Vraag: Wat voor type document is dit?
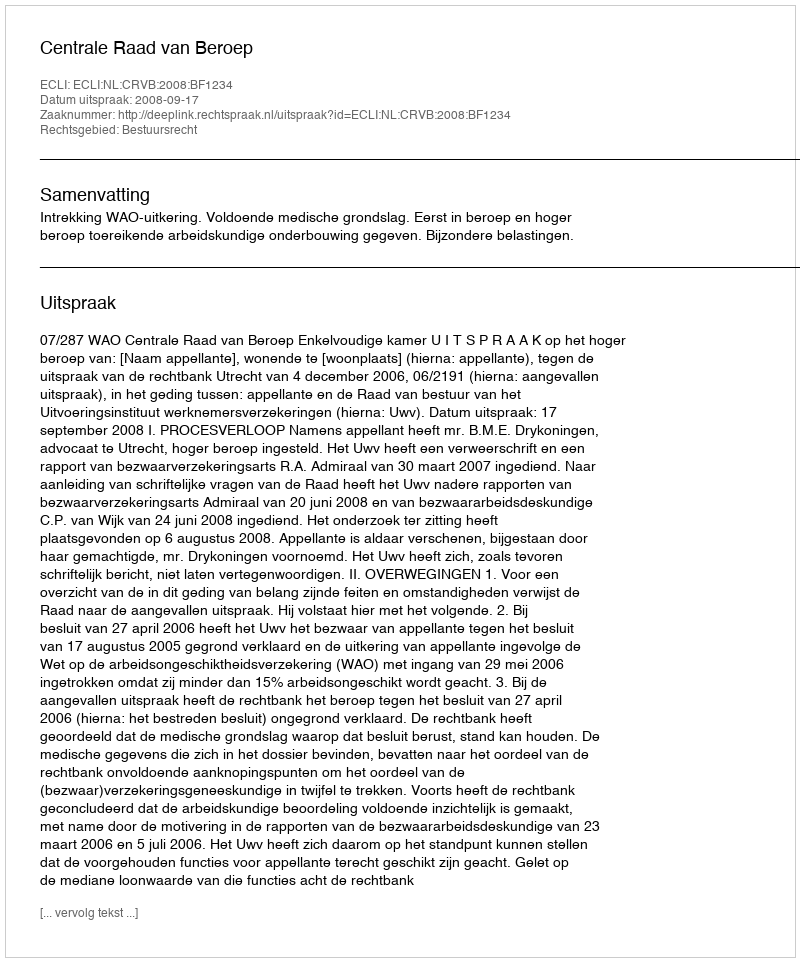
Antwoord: Uitspraak